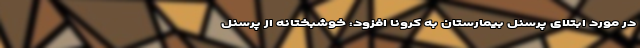
در مورد ابتلای پرسنل بیمارستان به کرونا افزود: خوشبختانه از پرسنل